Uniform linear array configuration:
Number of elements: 16
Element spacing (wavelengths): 0.75
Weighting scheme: exponential
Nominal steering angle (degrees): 45
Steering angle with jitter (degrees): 44.535
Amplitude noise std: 0.05
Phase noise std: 0.05

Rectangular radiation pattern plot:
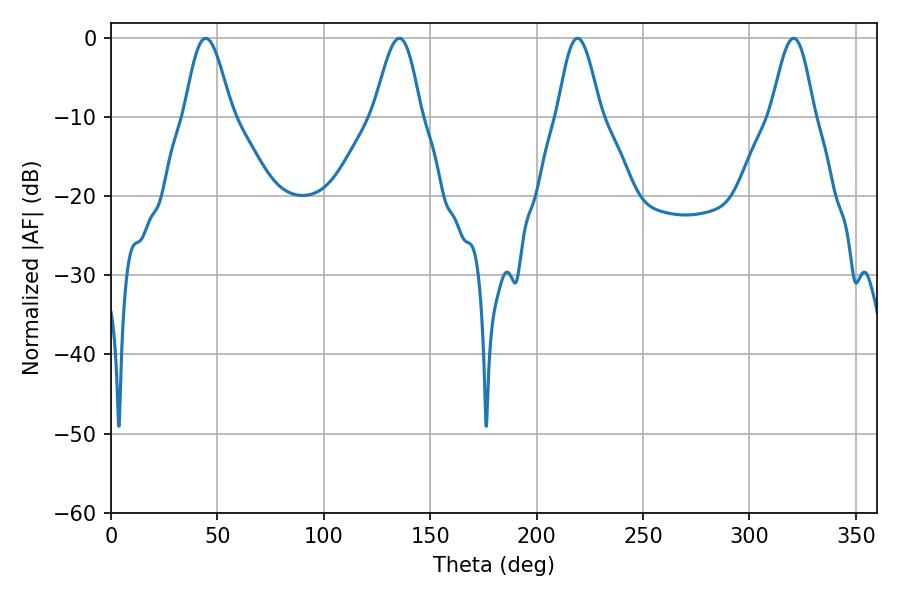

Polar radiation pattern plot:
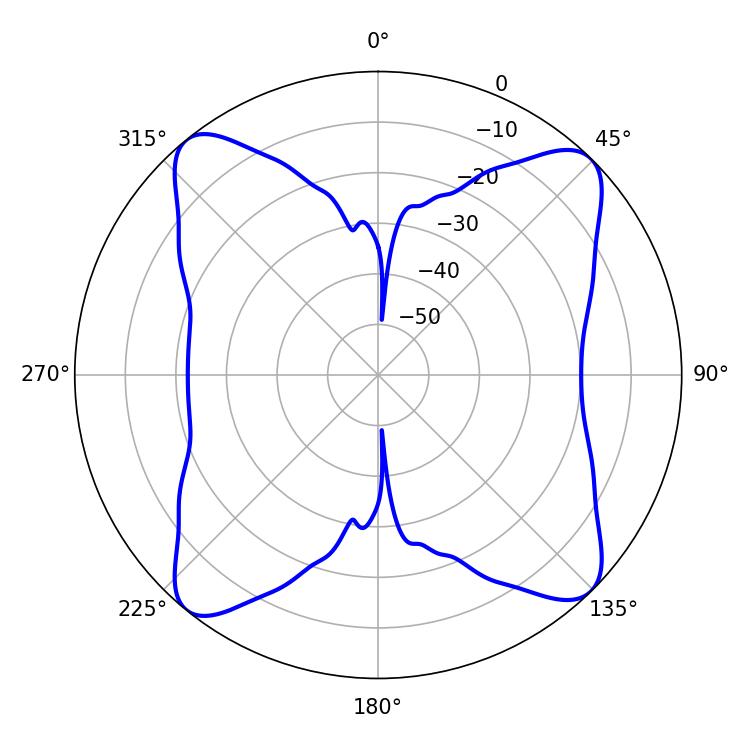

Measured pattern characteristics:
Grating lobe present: TRUE
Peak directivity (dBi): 14.889
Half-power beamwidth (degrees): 10.8
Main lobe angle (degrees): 219.24